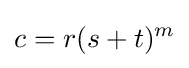
c=r(s+t)^{m}